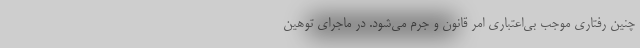
چنین رفتاری موجب بی‌اعتباری امر قانون و جرم می‌شود. در ماجرای توهین